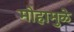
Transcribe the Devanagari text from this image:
मोहामुळे